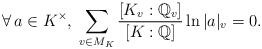
LaTeX: \begin{align*}\forall\, a\in K^{\times},\; \sum_{v\in M_K}\frac{[K_v:\mathbb Q_{v}]}{[K:\mathbb Q]}\ln |a|_v=0.\end{align*}